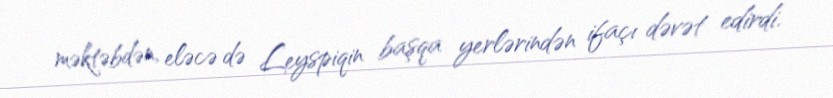
məktəbdən, eləcə də Leyspiqin başqa yerlərindən ifaçı dəvət edirdi.